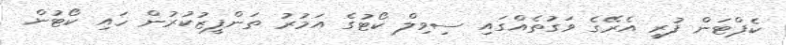
ކެޕްޓަން ފުރީ އެރޭގެ ވަގުތެއްގައި ސިވިލް ކޯޓުގެ އަމުރު ތަންފީޒުކުރުން ހައި ކޯޓުން